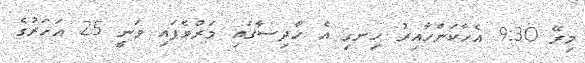
މިރޭ 9:30 އެހާކަންހާއިރު ހިނގި އެ ހާދިސާގައި މަރުވެފައި ވަނީ 25 އަހަރުގެ